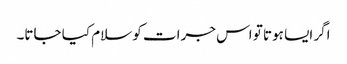
اگر ایسا ہوتا تو اس جرات کو سلام کیا جاتا۔